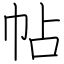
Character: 帖